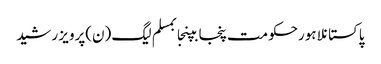
پاکستانلاہورحکومت پنجابپنجابمسلم لیگ (ن)پرویز رشید